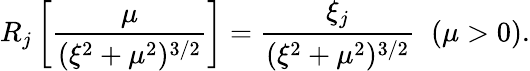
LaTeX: R_{j}\left[\frac{\mu}{(\xi^{2}+\mu^{2})^{3/2}}\right]=\frac{\xi_{j}}{(\xi^{2}+\mu^{2})^{3/2}}\; \; (\mu>0).